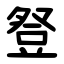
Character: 豋